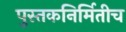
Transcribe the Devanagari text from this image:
पुस्तकनिर्मितीच